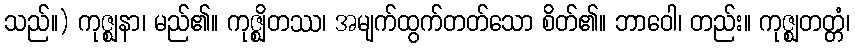
သည်။) ကုဇ္ဈနာ၊ မည်၏။ ကုဇ္ဈိတဿ၊ အမျက်ထွက်တတ်သော စိတ်၏။ ဘာဝေါ၊ တည်း။ ကုဇ္ဈတတ္တံ၊